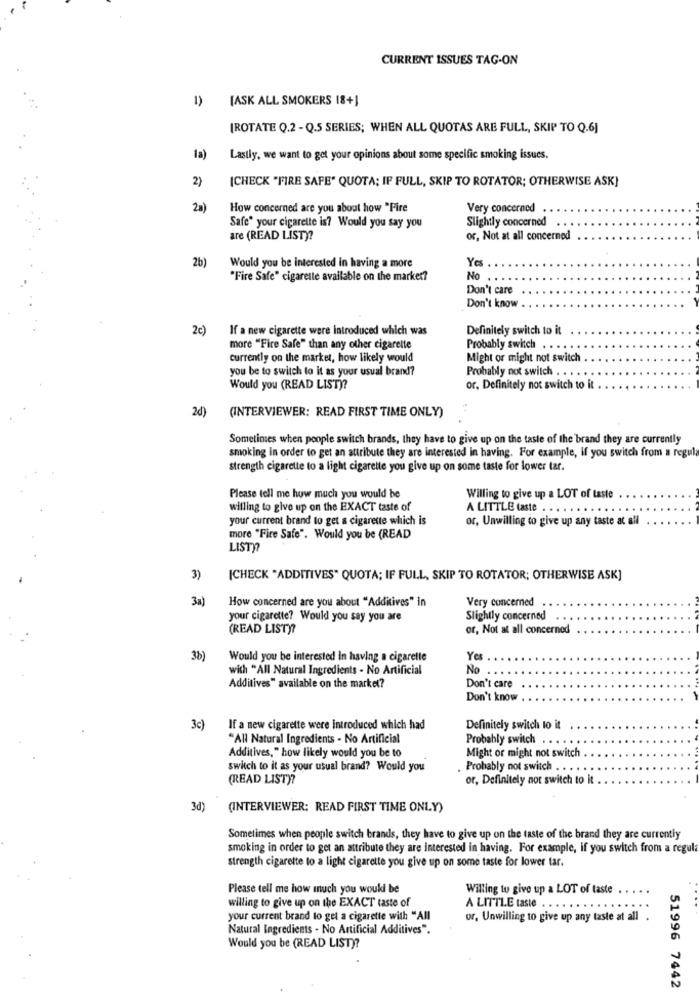
CURRENT ISSUES TAG-ON
[ASK ALL SMOKERS 18+]
[ROTATE Q.2 - Q.5 SERIES; WHEN ALL QUOTAS ARE FULL, SKIP TO Q.6]
1a)
Lastly, we want to get your opinions about some specific smoking issues.
2)
[CHECK "FIRE SAFE" QUOTA; IF FULL, SKIP TO ROTATOR; OTHERWISE ASK]
2a)
How concerned are you about how "Fire
Very concerned
Slightly concerned
Safe" your cigarette is? Would you say you
are (READ LIST)?
or, Not at all concerned
2b)
Yes
Would you be interested in having a more
"Fire Safe" cigarette available on the market?
No
Don't care
Don't know
2c)
If a new cigarette were introduced which was
Definitely switch to it
more "Fire Safe" than any other cigarette
Probably switch
currently on the market, how likely would
Might or might not switch
you be to switch to it as your usual brand?
Probably not switch .
Would you (READ LIST)?
or, Definitely not switch to it
2d)
(INTERVIEWER: READ FIRST TIME ONLY)
Sometimes when people switch brands, they have to give up on the taste of the brand they are currently
smoking in order to get an attribute they are interested in having. For example, if you switch from a regula
strength cigarette to a light cigarette you give up on some taste for lower tar.
Please tell me how much you would be
Willing to give up a LOT of taste
willing to give up on the EXACT taste of
A LITTLE Caste . .
your current brand to get a cigarette which is
or, Unwilling to give up any taste at all
more "Fire Safe". Would you be (READ
LISTO
3)
[CHECK "ADDITIVES" QUOTA; IF FULL, SKIP TO ROTATOR; OTHERWISE ASK]
How concerned are you about "Additives" in
Very concerned
your cigarette? Would you say you are
Slightly concerned
(READ LISTY?
or, Not at all concerned
3b)
Would you be interested in having a cigarette
Yes
with "All Natural Ingredients - No Artificial
No
Additives" available on the market?
Don't care
Don't know
3c)
If a new cigarette were introduced which had
Definitely switch to it
"All Natural Ingredients - No Artificial
Probably switch.
Additives," how likely would you be to
Might or might not switch
switch to it as your usual brand? Would you
Probably not switch
(READ LIST)?
or, Definitely not switch to it
(PE
(INTERVIEWER: READ FIRST TIME ONLY)
Sometimes when people switch brands, they have to give up on the taste of the brand they are currently
smoking in order to get an attribute they are interested in having. For example, if you switch from a regula
strength cigarette to a light cigarette you give up on some taste for lower tar.
Please tell me how much you wouki be
Willing to give up a LOT of taste ..
willing to give up on the EXACT taste of
A LITTLE taste . .
your current brand to get a cigarette with "All
or, Unwilling to give up any taste at all .
Natural Ingredients - No Artificial Additives".
Would you be (READ LIST)?
51996 7442